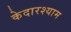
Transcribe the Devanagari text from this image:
केदारश्याम